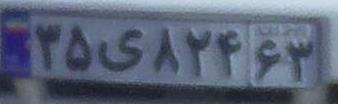
۳۵ی۸۲۴۶۳